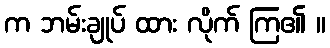
က ဘမ်းချုပ် ထား လိုက် ကြ၏ ။